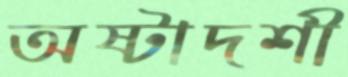
অষ্টাদশী